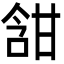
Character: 𭉀